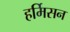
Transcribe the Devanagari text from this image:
हर्मिसन